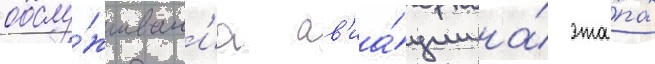
обслу́живан'иа ав'иа́ции на́ эта́пах